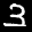
Label: 3